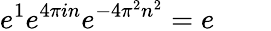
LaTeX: e^{1}e^{4\pi in}e^{-4\pi^{2}n^{2}}=e\qquad